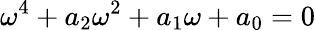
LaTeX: {\omega}^{4}+a_{2}{\omega}^{2}+a_{1}{\omega}+a_{0}=0